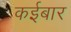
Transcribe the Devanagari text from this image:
कईबार